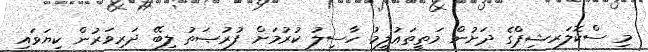
މި ސްކޮލަރޝިޕްގެ ދަށުން މަތީތަޢުލީމު ހާސިލު ކުރުމަށް ފުރުޞަތު ލިބޭ ދަރިވަރުން ކިޔަވައި